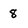
Character: 8